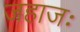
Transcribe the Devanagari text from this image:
जहाजः